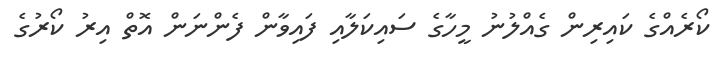
ކޯރެއްގެ ކައިރިން ގެއްލުނު މީހާގެ ސައިކަލާއި ފައިވާން ފެންނަން އޮތް އިރު ކޯރުގެ